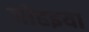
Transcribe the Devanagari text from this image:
जोहइया